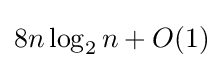
8n\log _{2}n+O(1)